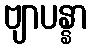
ဗျာပန္နာ